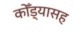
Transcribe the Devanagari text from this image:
कोँड्यासह